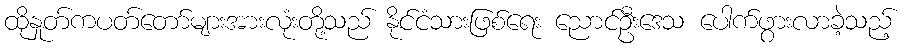
ထိုနှုတ်ကပတ်တော်များအားလုံးတို့သည် နိုင်ငံသားဖြစ်ရေး ညောင်ဦးဒေသ ပေါက်ဖွားလာခဲ့သည့်